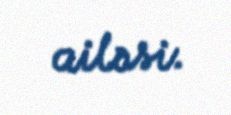
ailəsi.